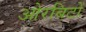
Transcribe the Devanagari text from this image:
ओरबिटों